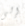
إلى